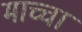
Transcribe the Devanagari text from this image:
माच्चा